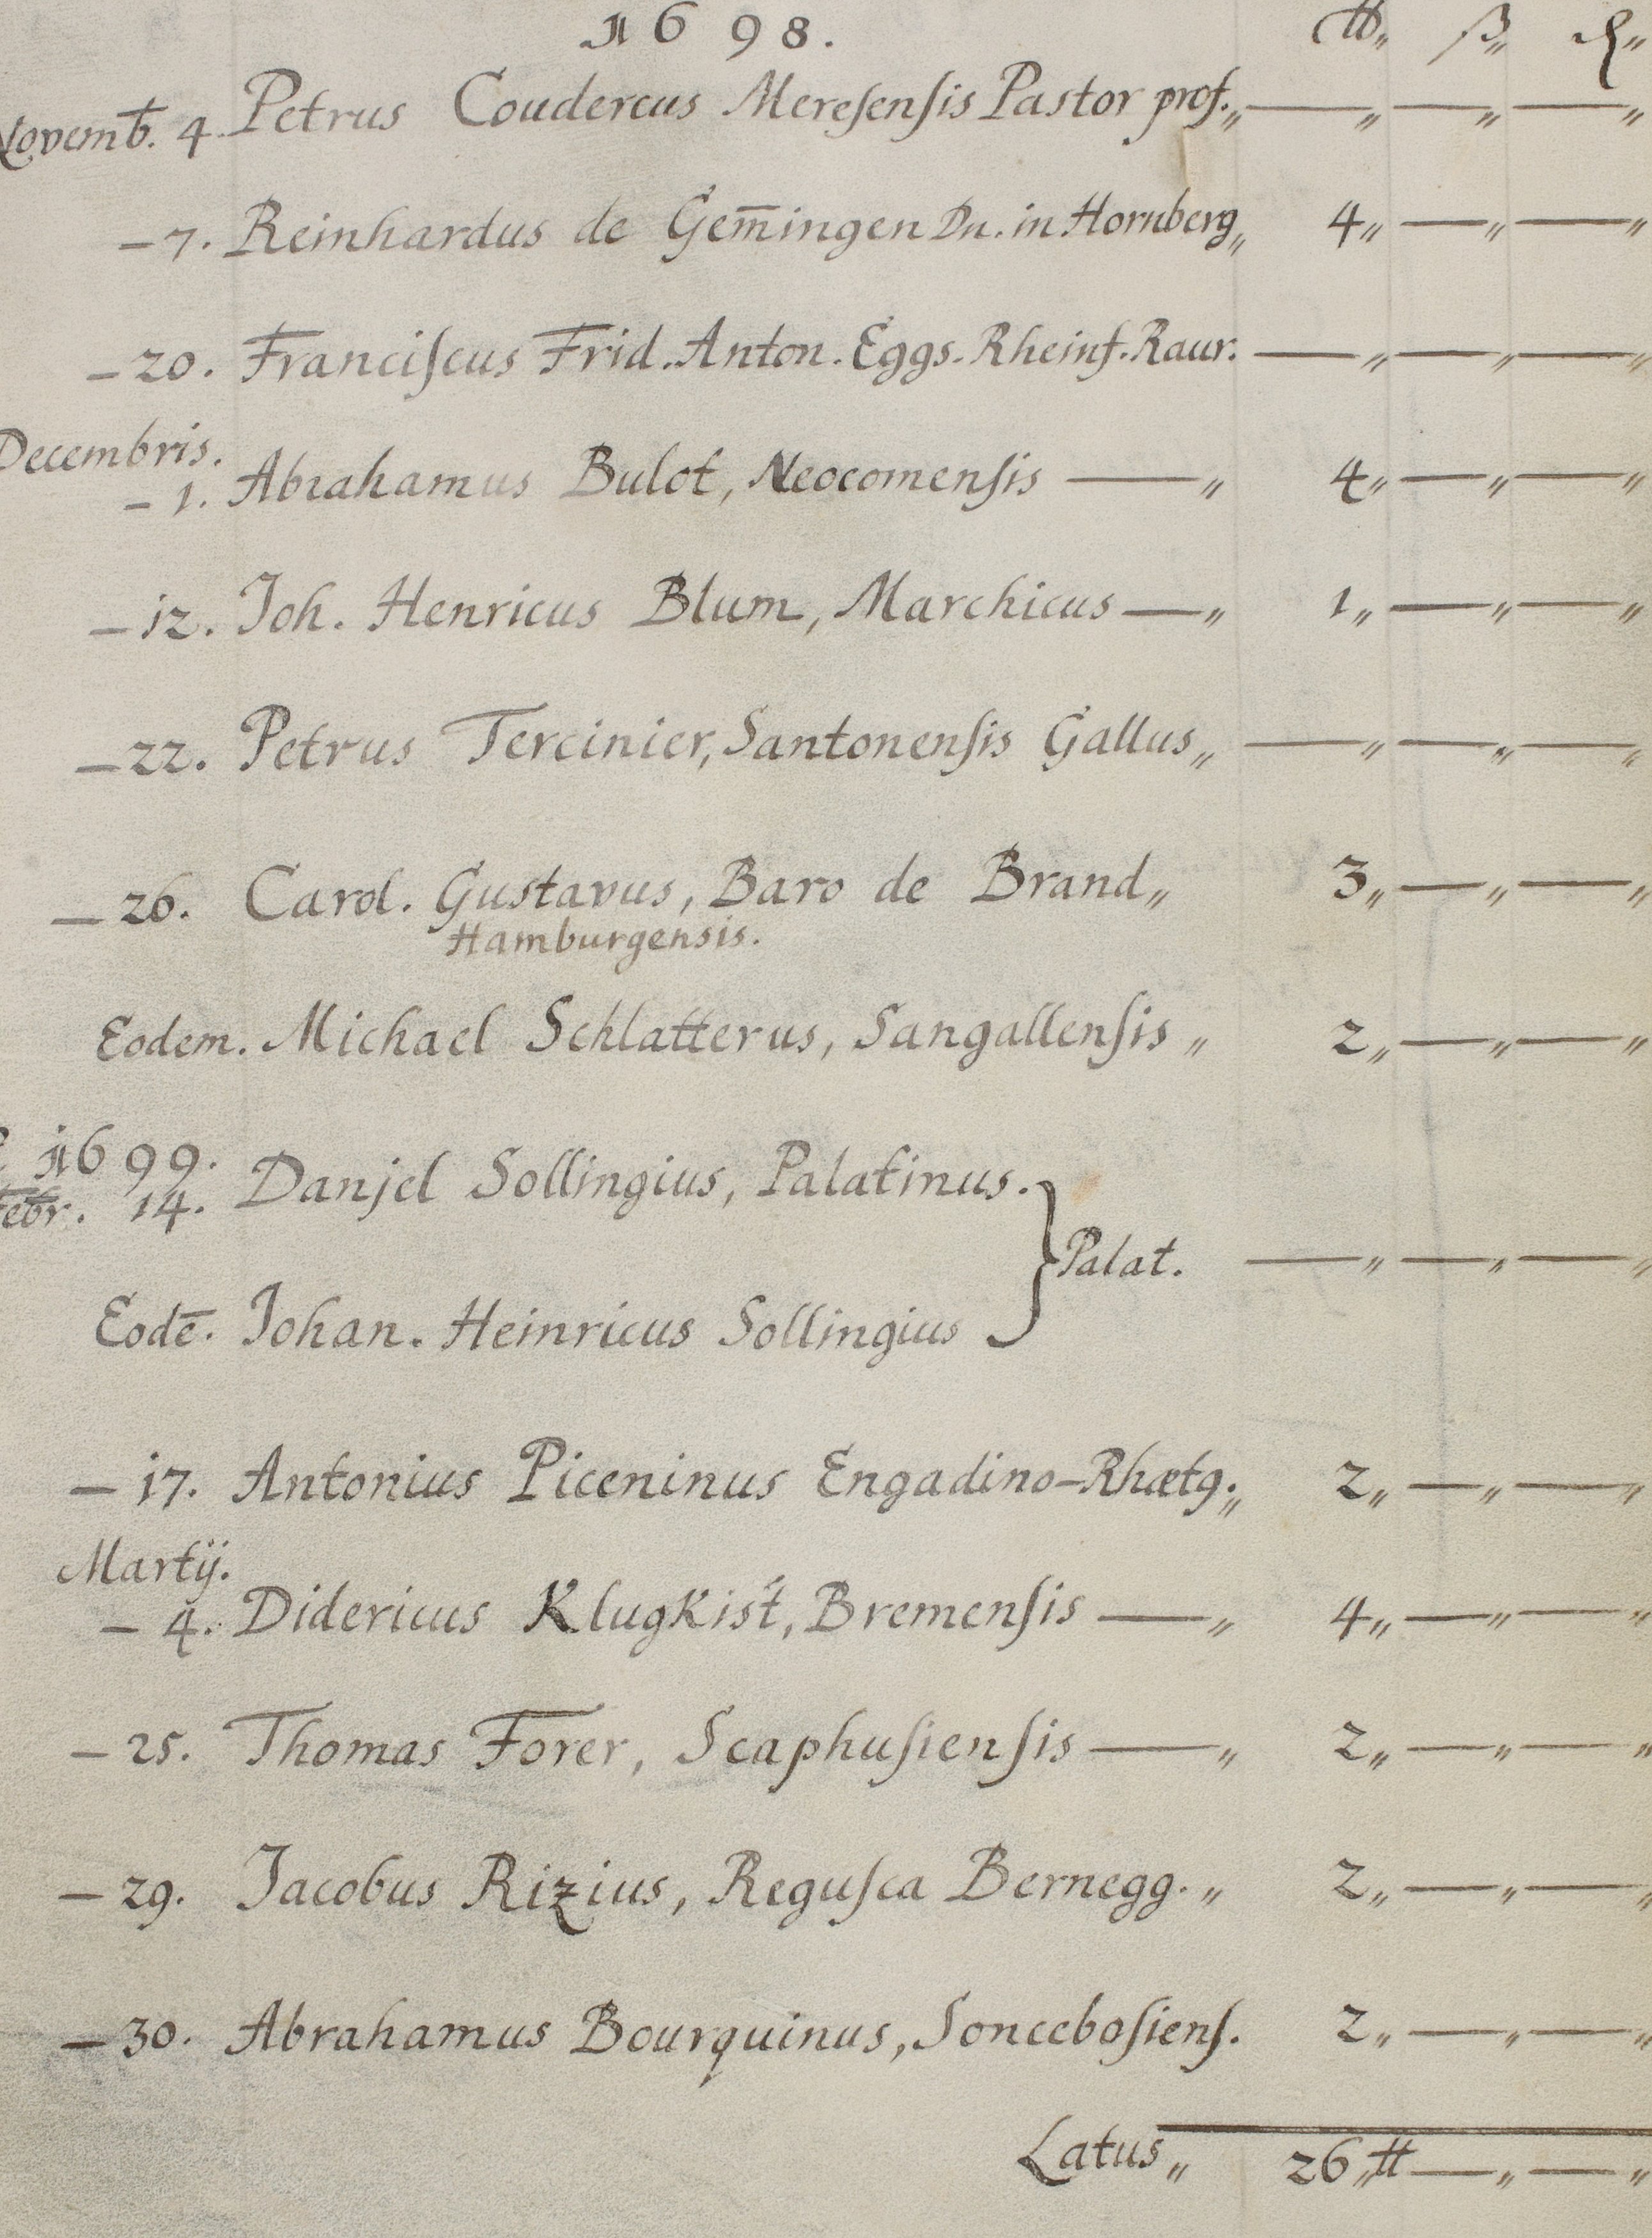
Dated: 1654–1764